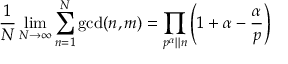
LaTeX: { \frac { 1 } { N } } \operatorname* { l i m } _ { N \to \infty } \sum _ { n = 1 } ^ { N } \operatorname* { g c d } ( n , m ) = \prod _ { p ^ { \alpha } | | n } \left( 1 + \alpha - { \frac { \alpha } { p } } \right)